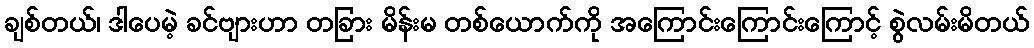
ချစ်တယ်၊ ဒါပေမဲ့ ခင်ဗျားဟာ တခြား မိန်းမ တစ်ယောက်ကို အကြောင်းကြောင်းကြောင့် စွဲလမ်းမိတယ်